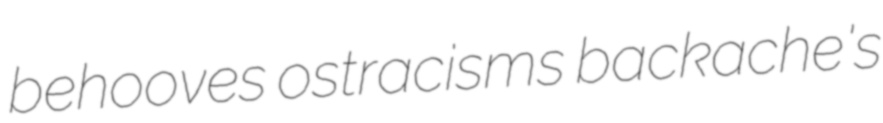
behooves ostracisms backache's